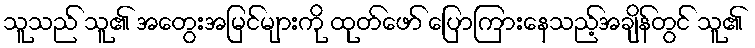
သူသည် သူ၏ အတွေးအမြင်များကို ထုတ်ဖော် ပြောကြားနေသည့်အချိန်တွင် သူ၏